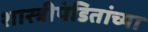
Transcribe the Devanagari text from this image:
शास्त्रीपंडितांच्या